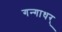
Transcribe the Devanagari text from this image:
गन्गाधर्